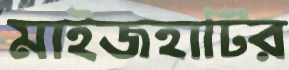
মাইজহাটির